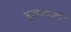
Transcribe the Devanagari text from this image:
हृत्कपाटों